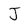
Character: J